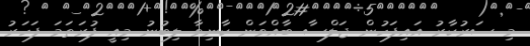
މި ސަރުކާރު އައިފަހުން ޖަލްސާ ބާއްވަން ކާނިވާ ލިބުނު މިއީ ފުރަތަމަ ފަހަރު